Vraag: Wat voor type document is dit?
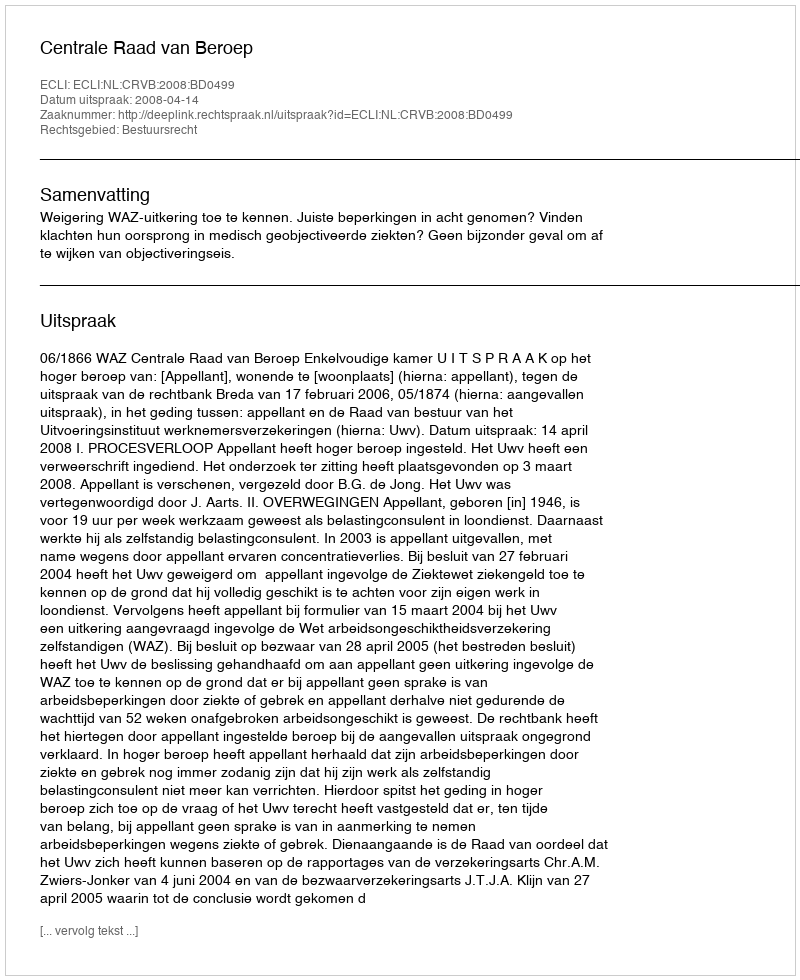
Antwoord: Uitspraak